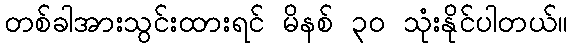
တစ်ခါအားသွင်းထားရင် မိနစ် ၃၀ သုံးနိုင်ပါတယ်။